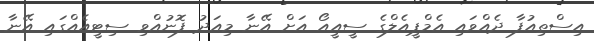
އިސްތިއުފާ ދެއްވައި އެމްޕީއެލްގެ ސީއީއޯ އަށް އޭނާ މިއަދު ފޮނުއްވި ސިޓީއެއްގައި އޭނާ